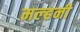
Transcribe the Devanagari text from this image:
मल्‍हनी